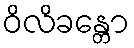
ဝိလိခန္တော